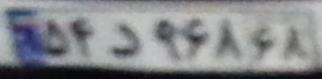
۵۴د۹۶۸۶۸